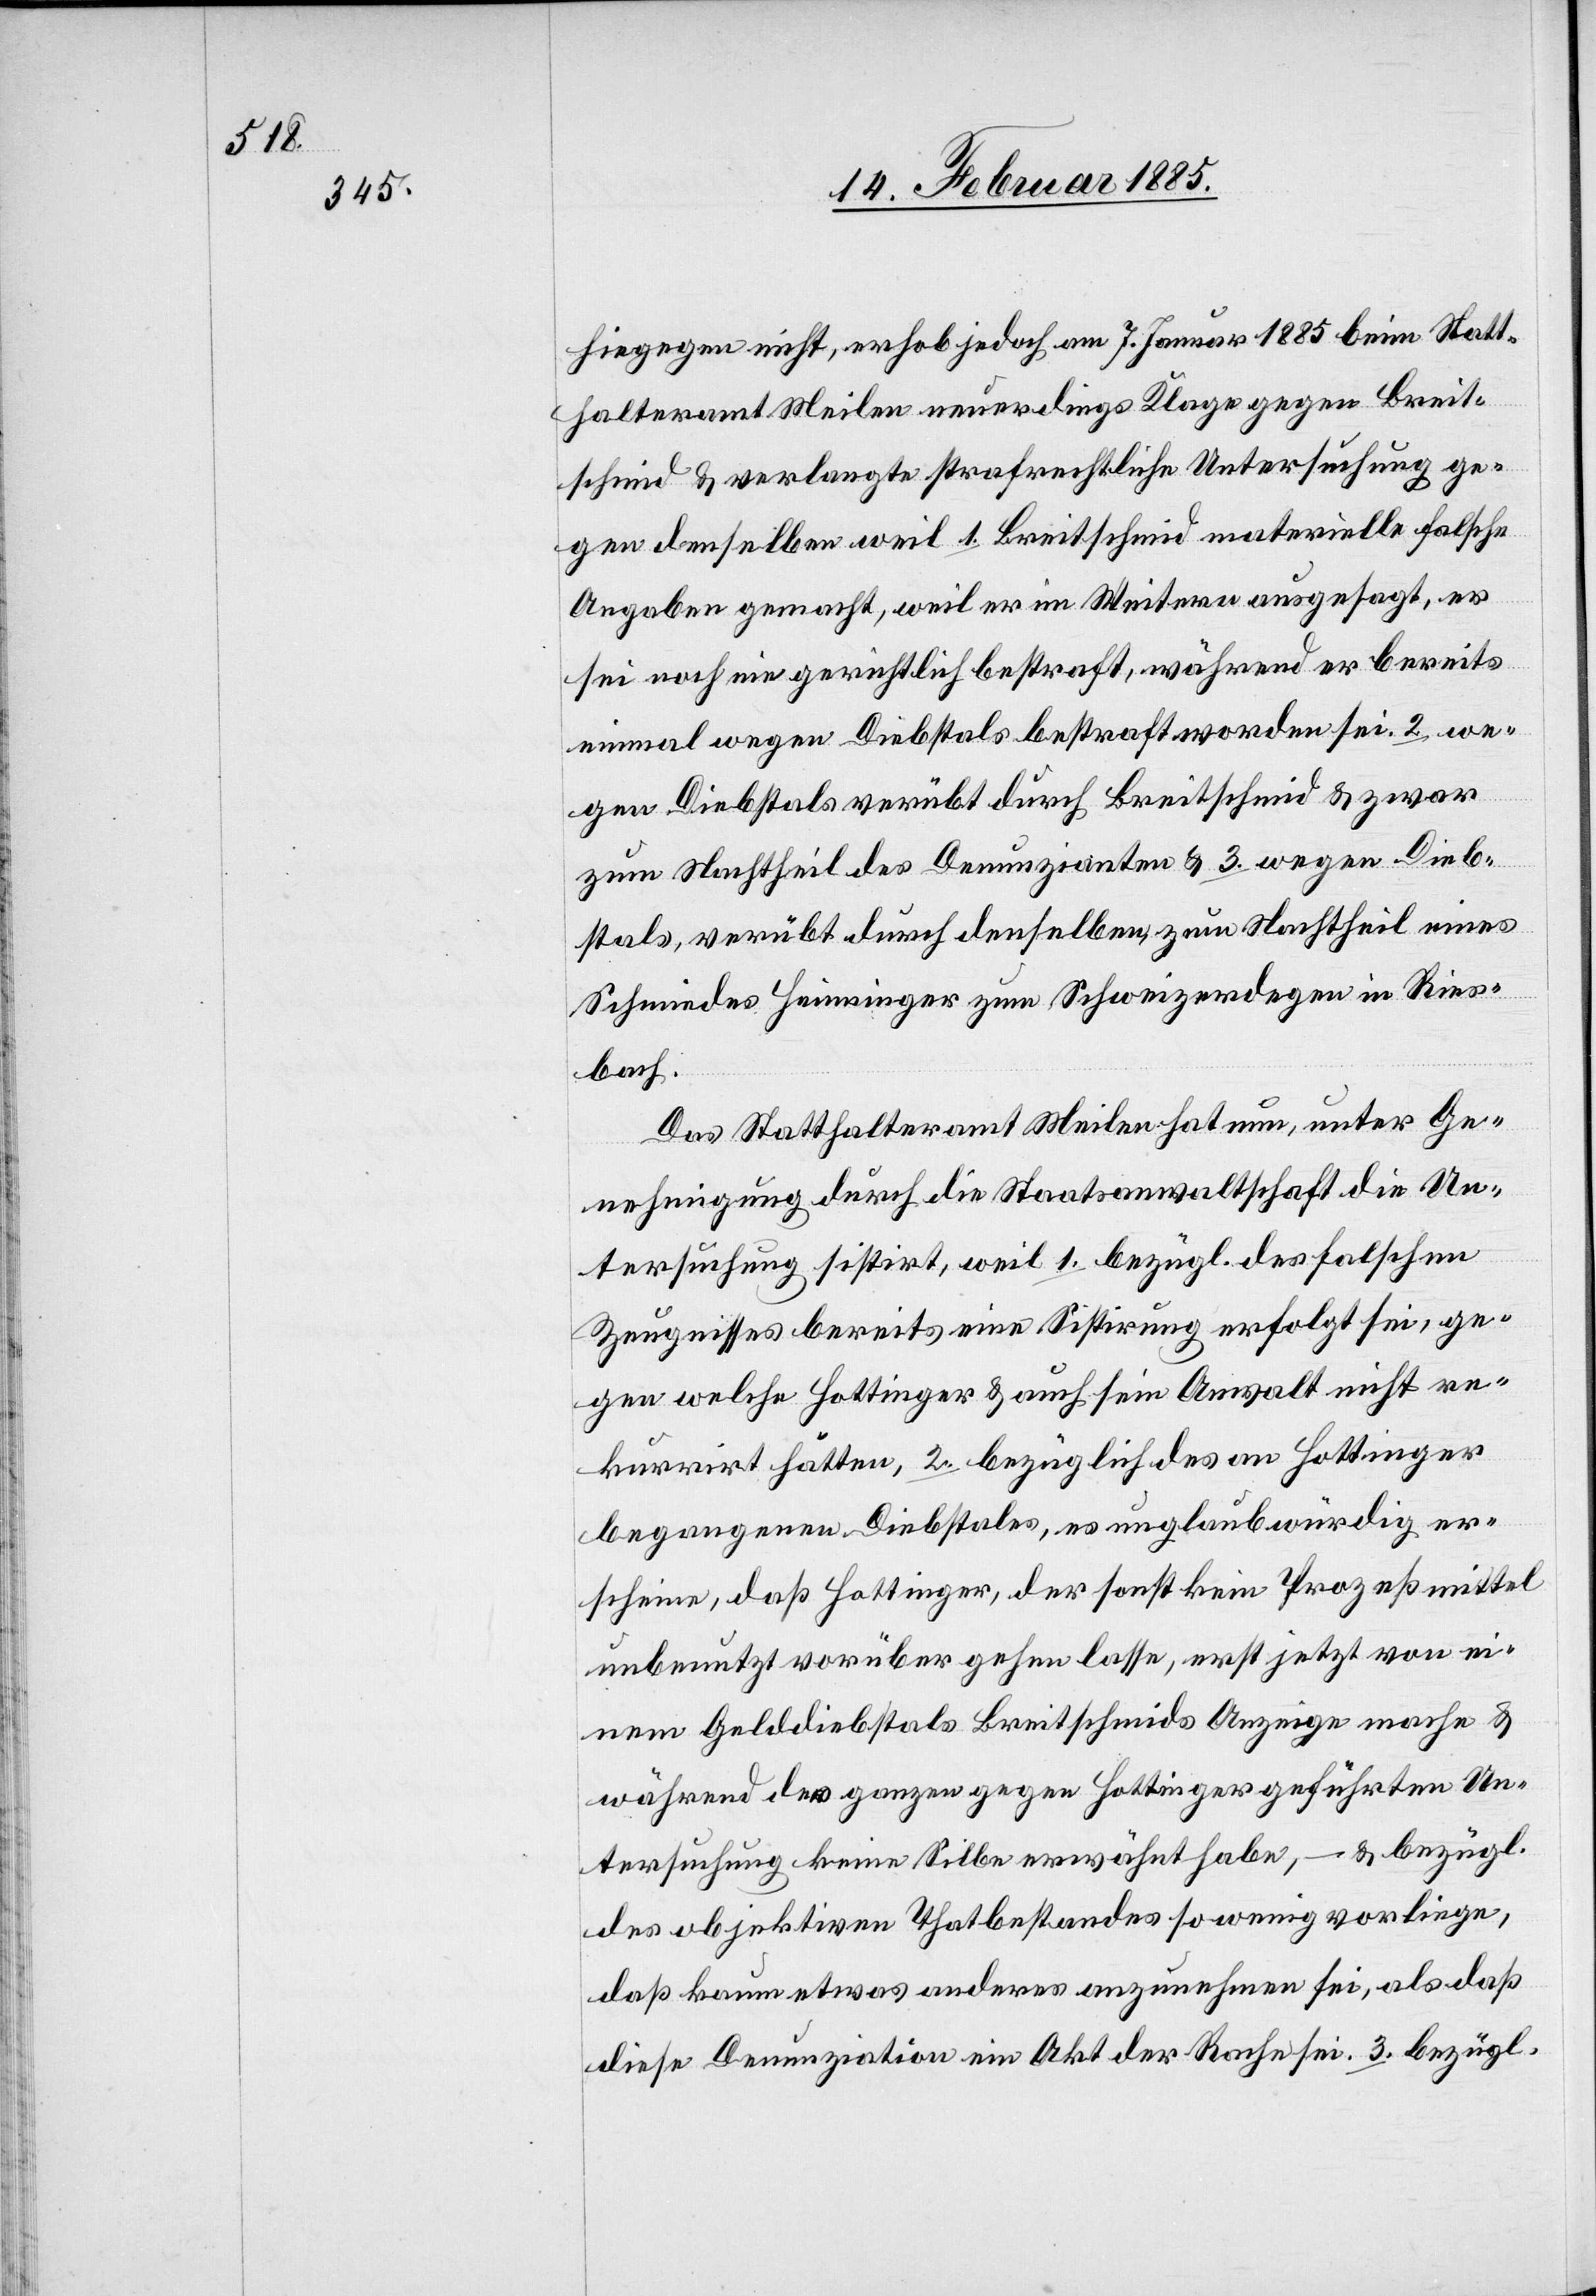
hiegegen nicht, erhob jedoch am 7. Januar 1885 beim Statt¬
halteramt Meilen neuerdings Klage gegen Breit¬
schmid & verlangte strafrechtliche Untersuchung ge¬
gen denselben weil 1. Breitschmid materiell falsche
Angaben gemacht, weil er im Weitern ausgesagt, es
sei noch nie gerichtlich bestraft, während er bereits
einmal wegen Diebstals bestraft worden sei. 2. we¬
gen Diebstahls verübt durch Breitschmid & zwar
zum Nachtheil des Denunzianten & 3. wegen Dieb¬
stals, verübt durch denselben, zum Nachtheil eines
Schmiedes Heinninger zum Schweizerdegen in Ries¬
bach.
Das Statthalteramt Meilen hat nun, unter Ge¬
nehmigung durch die Staatsanwaltschaft die Un¬
tersuchung sistirt, weil 1. bezügl. des falschen
Zeugnisses bereits eine Sistirung erfolgt sei, ge¬
gen welche Hottinger & auch sein Anwalt nicht re¬
kurrirt hätte, 2. bezüglich des an Hottinger
begangenen Diebstales, es unglaubwürdig er¬
scheine, daß Hottinger, der sonst kein Prozeßmittel
unbenutzt vorüber gehen lasse, erst jetzt von ei¬
nem Gelddiebstals Breitschmids Anzeige mache &
während der ganzen gegen Hottinger geführten Un¬
tersuchung keine Silbe erwähnt habe, – & bezügl.
des objektiven Thatbestandes so wenig vorliege,
daß kaum etwas anderes anzunehmen sei, als daß
diese Denunziation ein Akt der Rache sei. 3. bezügl.